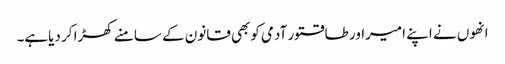
انھوں نے اپنے امیراور طاقتور آدمی کوبھی قانون کے سامنے کھڑا کر دیاہے۔